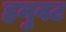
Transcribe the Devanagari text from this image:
हनुवट